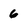
Character: 6